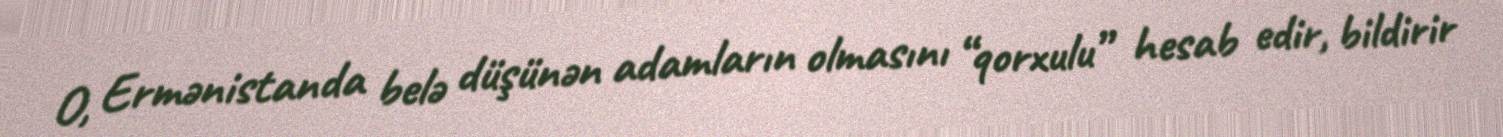
O, Ermənistanda belə düşünən adamların olmasını “qorxulu” hesab edir, bildirir